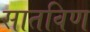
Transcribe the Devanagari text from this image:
सातविण